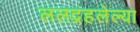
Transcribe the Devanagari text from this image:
ललद्रहलेल्या